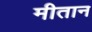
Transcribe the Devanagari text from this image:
मीतान